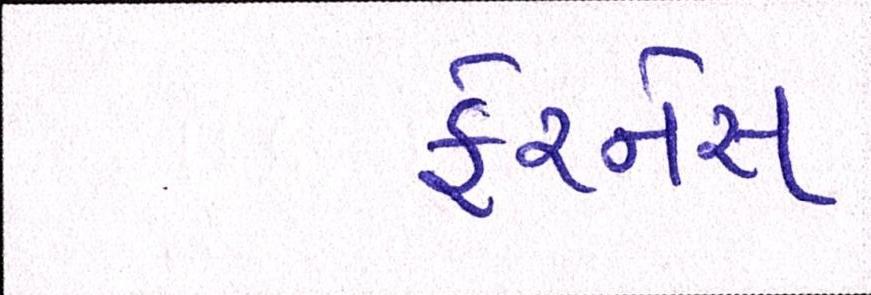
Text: ફેરનેસ